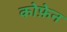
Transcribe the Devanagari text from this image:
कोफ़ेन